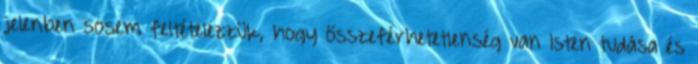
jelenben sosem feltételezzük, hogy összeférhetetlenség van Isten tudása és